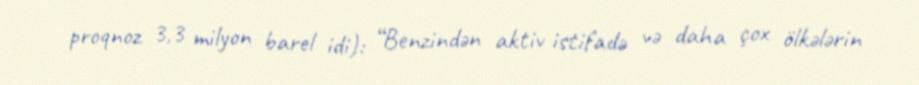
proqnoz 3,3 milyon barel idi): “Benzindən aktiv istifadə və daha çox ölkələrin